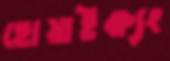
হোয়াইক্ষ্যং